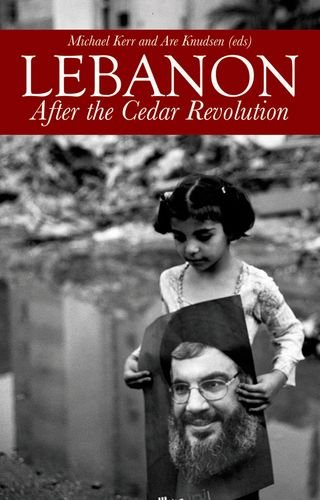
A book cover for Lebanon: After the Cedar Revolution; History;